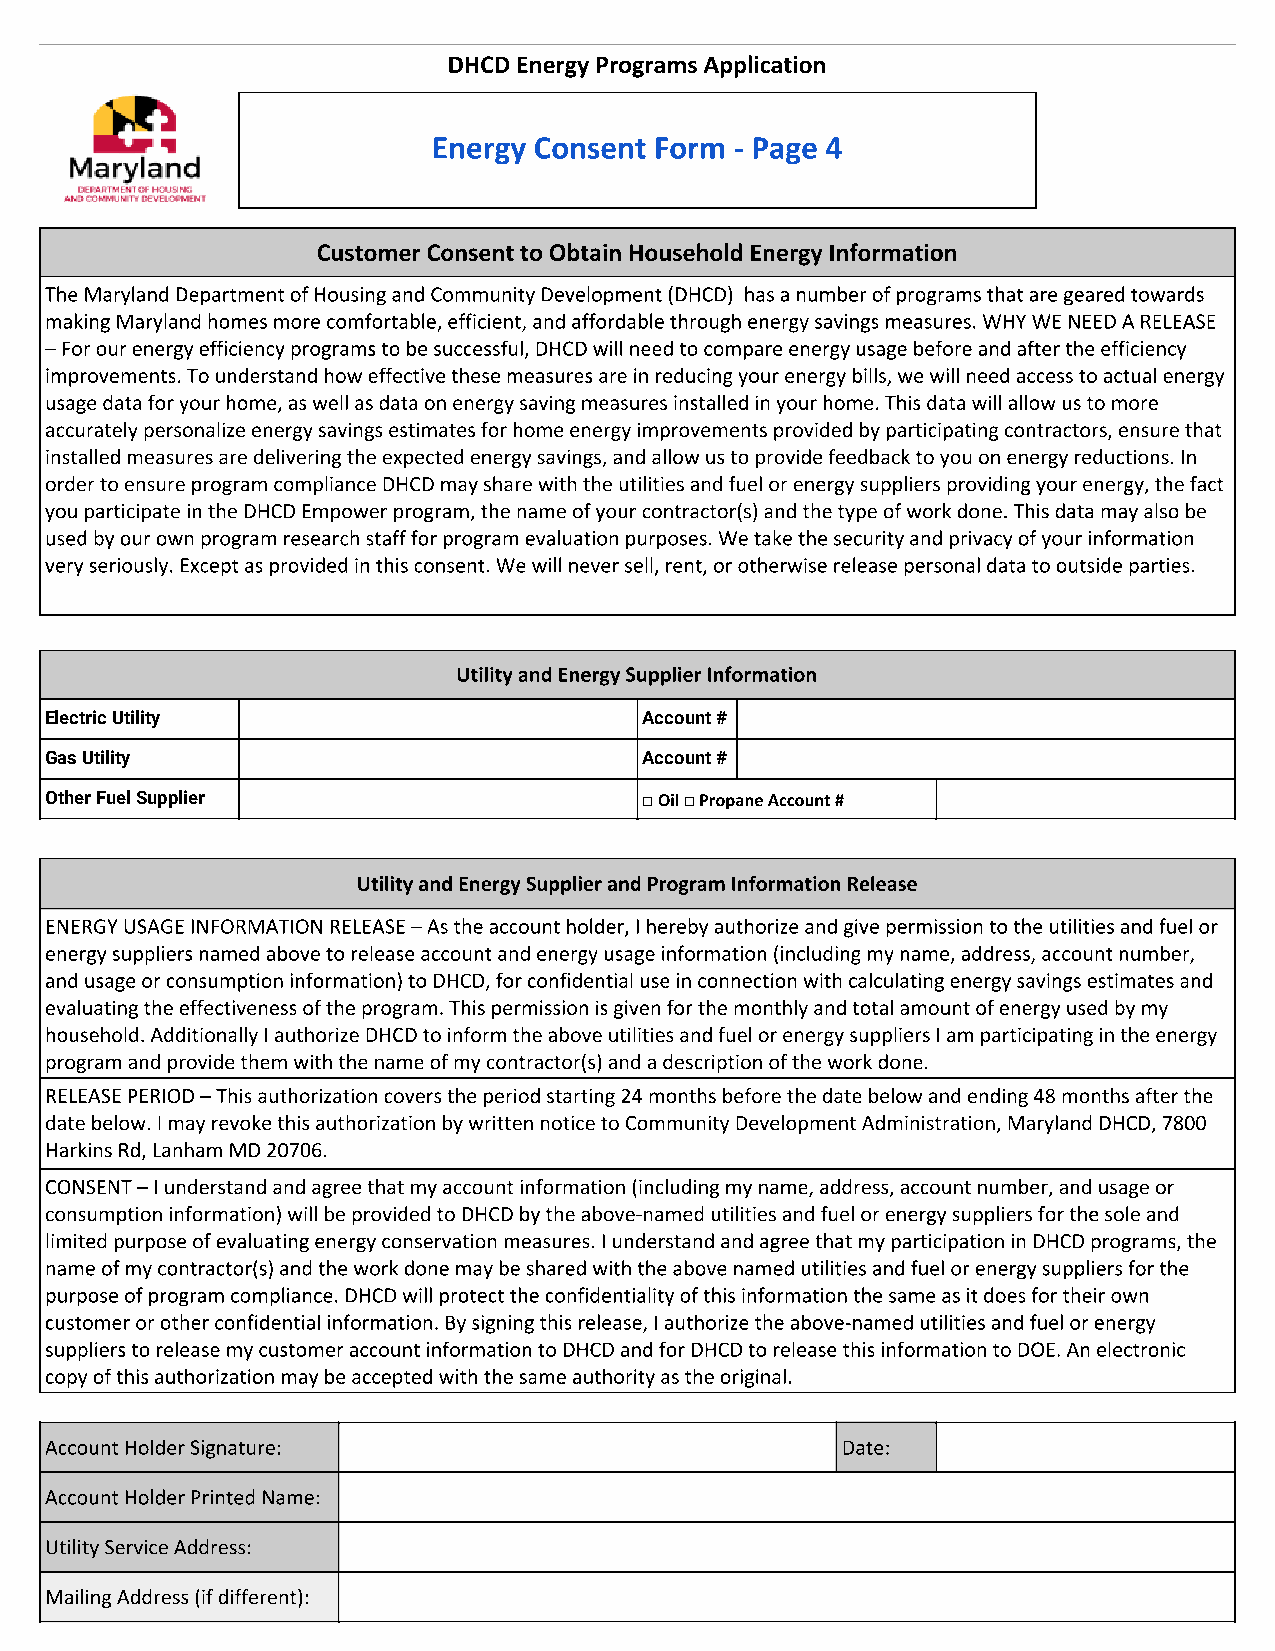
Electric Utility                        Account #
 Gas Utility                             Account #
 Other Fuel Supplier                     □ □